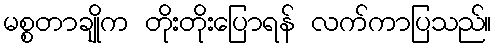
မစ္စတာချိုက တိုးတိုးပြောရန် လက်ကာပြသည်။